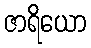
ဇာရိယော